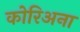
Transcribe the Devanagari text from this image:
कोरिअना